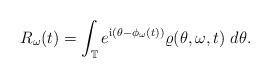
LaTeX: \begin{align*} R_{\omega}(t) = \int_{\mathbb T} e^{{\mathrm i}(\theta - \phi_{\omega}(t))} \varrho(\theta,\omega, t) ~ d\theta.\end{align*}